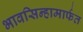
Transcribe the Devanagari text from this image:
भावसिन्हामार्फत